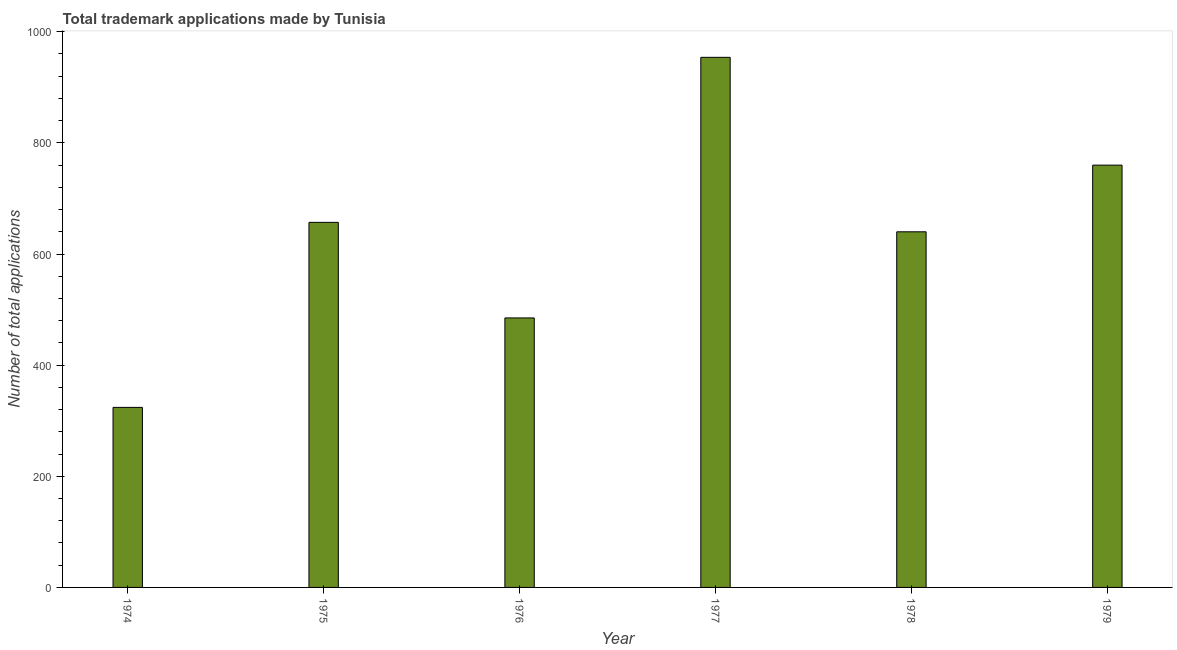
| Year | Trademark applications |
 | --- | --- |
 | 1974 | 324 |
 | 1975 | 657 |
 | 1976 | 485 |
 | 1977 | 954 |
 | 1978 | 640 |
 | 1979 | 760 |